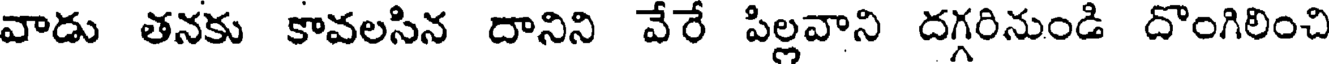
వాడు తనకు కావలసిన దానిని వేరే పిల్లవాని దగ్గరినుండి దొంగిలించి